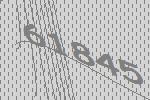
61845